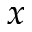
x